Rules regarding the measures to be adopted on the outbreak of cholera or appearance of small-pox
Disease focus: Cholera
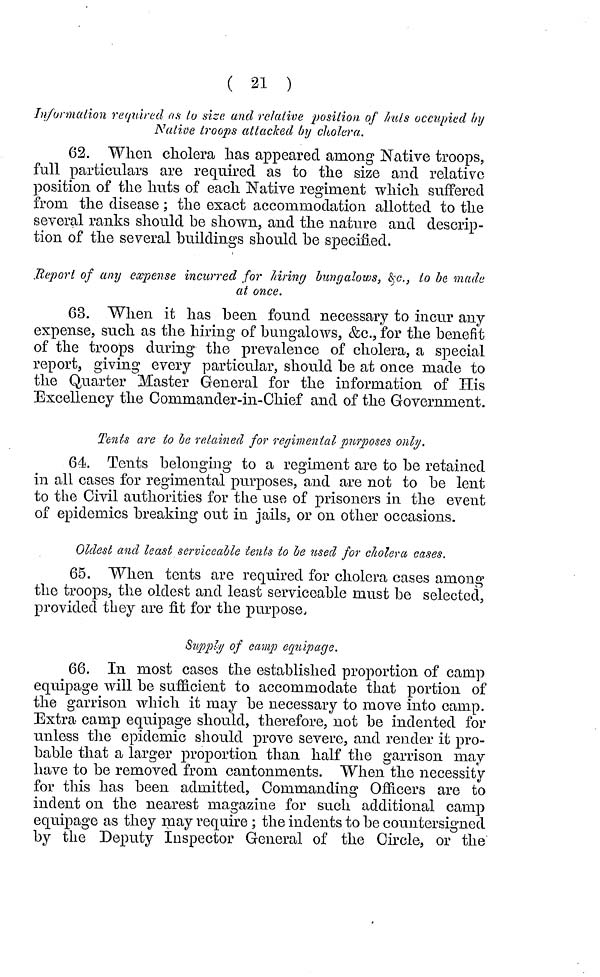
( 21 )
Information required as to size and relative position of huls occupied by
Native troops attacked by cholera.
62. When cholera has appeared among Native troops,
full particulars are required as to the size and relative
position of the huts of each Native regiment which suffered
from the disease ; the exact accommodation allotted to the
several ranks should be shown, and the nature and descrip-
tion of the several buildings should be specified.
Report of any expense incurred for hiriny bungalows, & c., to be made
at once.
63. When it has been found necessary to incur any
expense, such as the hiring of bungalows, &c., for the benefit
of the troops during the prevalence of cholera, a special
report, giving every particular, should be at once made to
the Quarter Master General for the information of His
Excellency the Commander-in-Chief and of the Government.
Tents are to be retained for regimental purposes only,
64. Tents belonging to a regiment are to be retained
in all cases for regimental purposes, and are not to be lent
to the Civil authorities for the use of prisoners in the event
of epidemics breaking out in jails, or on other occasions.
Oldest and least serviceable tents to be used for cholera cases.
65. When tents are required for cholera cases among
the troops, the oldest and least serviceable must be selected,
provided they are fit for the purpose.
Supply of camp equipage.
66. In most cases the established proportion of camp
equipage will be sufficient to accommodate that portion of
the garrison which it may be necessary to move into camp.
Extra camp equipage should, therefore, not be indented for
unless the epidemic should prove severe, and render it pro-
bable that a larger proportion than half the garrison may
have to be removed from cantonments. When the necessity
for this has been admitted, Commanding Officers are to
indent on the nearest magazine for such additional camp
equipage as they may require ; the indents to be countersigned
by the Deputy Inspector General of the Circle, or the